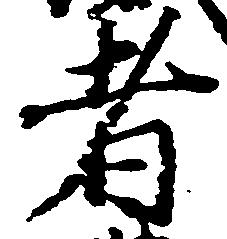
者